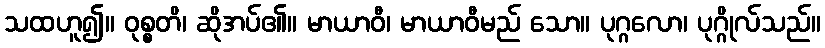
သထဟူ၍။ ဝုစ္စတိ၊ ဆိုအပ်၏။ မာယာဝီ၊ မာယာဝီမည် သော။ ပုဂ္ဂလော၊ ပုဂ္ဂိုလ်သည်။